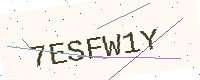
Text: 7ESFW1Y